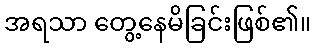
အရသာ တွေ့နေမိခြင်းဖြစ်၏။